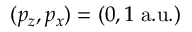
( p _ { z } , p _ { x } ) = ( 0 , 1 \; \mathrm { a . u . ) }